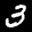
Label: 3